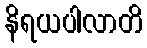
နိရယပါလာတိ